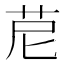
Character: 苨